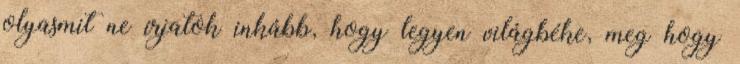
olyasmit ne írjatok inkább, hogy legyen világbéke, meg hogy